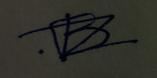
Signature authenticity: forged